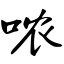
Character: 哝